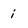
Character: i